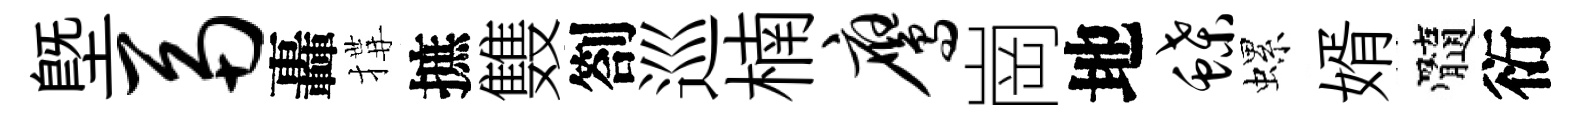
塈鬲轟搆摭䨇劄巡楠鹰崗地蝶螺婿髓衍